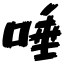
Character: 唾